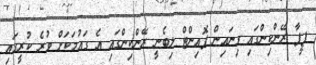
ފީފާ ރޭންކިންގައި ގިނައިން ޕޮއިންޓް ލިބެނީ ރޭންކިންގައި އެ ގައުމަކަށް ވުރެ ކުރީގައި